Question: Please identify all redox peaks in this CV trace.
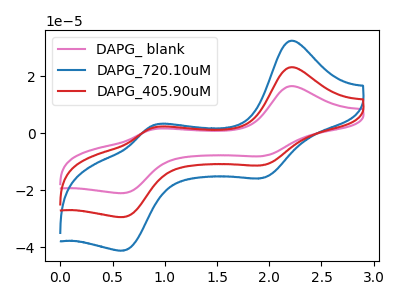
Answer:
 <answer>The pink curve "DAPG_ blank" has anodic peaks at (2.20V, 16.55uA) (0.90V, 1.45uA) and cathodic peaks at (1.95V, -8.00uA) (0.60V, -21.00uA). The blue curve "DAPG_720.10uM" has anodic peaks at (2.20V, 46.30uA) (0.90V, 4.05uA) and cathodic peaks at (1.95V, -22.40uA) (0.60V, -58.75uA). The red curve "DAPG_405.90uM" has anodic peaks at (2.20V, 23.15uA) (0.90V, 2.05uA) and cathodic peaks at (1.95V, -11.20uA) (0.60V, -29.40uA).</answer>
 <eval></eval>